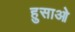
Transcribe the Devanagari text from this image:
हुसाओ